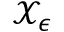
\mathcal { X } _ { \epsilon }